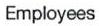
Employees